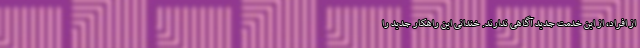
از افراد، از این خدمت جدید آگاهی ندارند. خندانی این راهکار جدید را